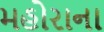
મહોરાના